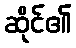
ဆိုင်၏